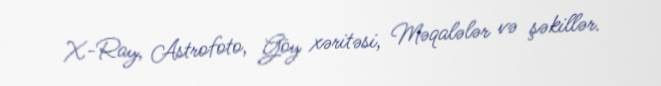
X-Ray, Astrofoto, Göy xəritəsi, Məqalələr və şəkillər.